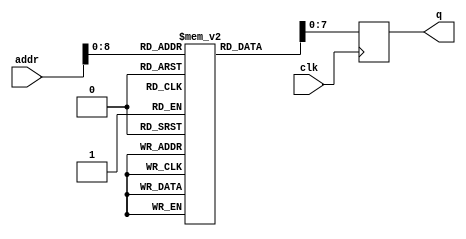
module Rom(
	input wire clk,
	input wire [9:0] addr,
	output reg[7:0] q
);

reg [8:0] rom [384:0];

initial begin 

rom [ 0  ]<=  8'd2;
 rom [ 1  ]<= 8'd4;
 rom [ 2  ]<= 8'd26;
 rom [ 3  ]<= 8'd29;
 rom [ 4  ]<= 8'd47;
 rom [ 5  ]<= 8'd50;
 rom [ 6  ]<= 8'd67;
 rom [ 7  ]<= 8'd81;
 rom [ 8  ]<= 8'd16;
 rom [ 9  ]<= 8'd28;
 rom [ 10  ]<= 8'd44;
 rom [ 11  ]<= 8'd58;
 rom [ 12  ]<= 8'd61;
 rom [ 13  ]<= 8'd66;
 rom [ 14  ]<= 8'd91;
 rom [ 15  ]<= 8'd94;
 rom [ 16  ]<= 8'd20;
 rom [ 17  ]<= 8'd40;
 rom [ 18  ]<= 8'd43;
 rom [ 19  ]<= 8'd49;
 rom [ 20  ]<= 8'd66;
 rom [ 21  ]<= 8'd74;
 rom [ 22  ]<= 8'd86;
 rom [ 23  ]<= 8'd91;
 rom [ 24  ]<= 8'd9;
 rom [ 25  ]<= 8'd32;
 rom [ 26  ]<= 8'd48;
 rom [ 27  ]<= 8'd52;
 rom [ 28  ]<= 8'd59;
 rom [ 29  ]<= 8'd68;
 rom [ 30  ]<= 8'd91;
 rom [ 31  ]<= 8'd92;
 rom [ 32  ]<= 8'd12;
 rom [ 33  ]<= 8'd14;
 rom [ 34  ]<= 8'd34;
 rom [ 35  ]<= 8'd48;
 rom [ 36  ]<= 8'd56;
 rom [ 37  ]<= 8'd58;
 rom [ 38  ]<= 8'd62;
 rom [ 39  ]<= 8'd72;
 rom [ 40  ]<= 8'd25;
 rom [ 41  ]<= 8'd30;
 rom [ 42  ]<= 8'd31;
 rom [ 43  ]<= 8'd50;
 rom [ 44  ]<= 8'd54;
 rom [ 45  ]<= 8'd61;
 rom [ 46  ]<= 8'd71;
 rom [ 47  ]<= 8'd95;
 rom [ 48  ]<= 8'd9;
 rom [ 49  ]<= 8'd16;
 rom [ 50  ]<= 8'd22;
 rom [ 51  ]<= 8'd43;
 rom [ 52  ]<= 8'd51;
 rom [ 53  ]<= 8'd52;
 rom [ 54  ]<= 8'd65;
 rom [ 55  ]<= 8'd95;
 rom [ 56  ]<= 8'd9;
 rom [ 57  ]<= 8'd26;
 rom [ 58  ]<= 8'd59;
 rom [ 59  ]<= 8'd60;
 rom [ 60  ]<= 8'd72;
 rom [ 61  ]<= 8'd74;
 rom [ 62  ]<= 8'd90;
 rom [ 63  ]<= 8'd93;
 rom [ 64  ]<= 8'd7;
 rom [ 65  ]<= 8'd16;
 rom [ 66  ]<= 8'd22;
 rom [ 67  ]<= 8'd32;
 rom [ 68  ]<= 8'd38;
 rom [ 69  ]<= 8'd48;
 rom [ 70  ]<= 8'd66;
 rom [ 71  ]<= 8'd74;
 rom [ 72  ]<= 8'd22;
 rom [ 73  ]<= 8'd25;
 rom [ 74  ]<= 8'd33;
 rom [ 75  ]<= 8'd37;
 rom [ 76  ]<= 8'd46;
 rom [ 77  ]<= 8'd52;
 rom [ 78  ]<= 8'd54;
 rom [ 79  ]<= 8'd87;
 rom [ 80  ]<= 8'd5;
 rom [ 81  ]<= 8'd6;
 rom [ 82  ]<= 8'd7;
 rom [ 83  ]<= 8'd10;
 rom [ 84  ]<= 8'd27;
 rom [ 85  ]<= 8'd31;
 rom [ 86  ]<= 8'd51;
 rom [ 87  ]<= 8'd66;
 rom [ 88  ]<= 8'd8;
 rom [ 89  ]<= 8'd13;
 rom [ 90  ]<= 8'd36;
 rom [ 91  ]<= 8'd39;
 rom [ 92  ]<= 8'd48;
 rom [ 93  ]<= 8'd55;
 rom [ 94  ]<= 8'd69;
 rom [ 95  ]<= 8'd87;
 rom [ 96  ]<= 8'd4;
 rom [ 97  ]<= 8'd6;
 rom [ 98  ]<= 8'd15;
 rom [ 99  ]<= 8'd18;
 rom [ 100  ]<= 8'd19;
 rom [ 101  ]<= 8'd29;
 rom [ 102  ]<= 8'd35;
 rom [ 103  ]<= 8'd62;
 rom [ 104  ]<= 8'd11;
 rom [ 105  ]<= 8'd19;
 rom [ 106  ]<= 8'd21;
 rom [ 107  ]<= 8'd26;
 rom [ 108  ]<= 8'd27;
 rom [ 109  ]<= 8'd30;
 rom [ 110  ]<= 8'd48;
 rom [ 111  ]<= 8'd59;
 rom [ 112  ]<= 8'd6;
 rom [ 113  ]<= 8'd11;
 rom [ 114  ]<= 8'd33;
 rom [ 115  ]<= 8'd35;
 rom [ 116  ]<= 8'd40;
 rom [ 117  ]<= 8'd73;
 rom [ 118  ]<= 8'd75;
 rom [ 119  ]<= 8'd95;
 rom [ 120  ]<= 8'd2;
 rom [ 121  ]<= 8'd7;
 rom [ 122  ]<= 8'd8;
 rom [ 123  ]<= 8'd21;
 rom [ 124  ]<= 8'd62;
 rom [ 125  ]<= 8'd75;
 rom [ 126  ]<= 8'd82;
 rom [ 127  ]<= 8'd95;
 rom [ 128  ]<= 8'd12;
 rom [ 129  ]<= 8'd13;
 rom [ 130  ]<= 8'd19;
 rom [ 131  ]<= 8'd36;
 rom [ 132  ]<= 8'd52;
 rom [ 133  ]<= 8'd68;
 rom [ 134  ]<= 8'd72;
 rom [ 135  ]<= 8'd88;
 rom [ 136  ]<= 8'd1;
 rom [ 137  ]<= 8'd20;
 rom [ 138  ]<= 8'd24;
 rom [ 139  ]<= 8'd45;
 rom [ 140  ]<= 8'd49;
 rom [ 141  ]<= 8'd58;
 rom [ 142  ]<= 8'd60;
 rom [ 143  ]<= 8'd69;
 rom [ 144  ]<= 8'd4;
 rom [ 145  ]<= 8'd18;
 rom [ 146  ]<= 8'd23;
 rom [ 147  ]<= 8'd41;
 rom [ 148  ]<= 8'd51;
 rom [ 149  ]<= 8'd58;
 rom [ 150  ]<= 8'd70;
 rom [ 151  ]<= 8'd93;
 rom [ 152  ]<= 8'd26;
 rom [ 153  ]<= 8'd34;
 rom [ 154  ]<= 8'd49;
 rom [ 155  ]<= 8'd66;
 rom [ 156  ]<= 8'd70;
 rom [ 157  ]<= 8'd76;
 rom [ 158  ]<= 8'd83;
 rom [ 159  ]<= 8'd92;
 rom [ 160  ]<= 8'd25;
 rom [ 161  ]<= 8'd27;
 rom [ 162  ]<= 8'd32;
 rom [ 163  ]<= 8'd39;
 rom [ 164  ]<= 8'd57;
 rom [ 165  ]<= 8'd63;
 rom [ 166  ]<= 8'd73;
 rom [ 167  ]<= 8'd76;
 rom [ 168  ]<= 8'd26;
 rom [ 169  ]<= 8'd31;
 rom [ 170  ]<= 8'd32;
 rom [ 171  ]<= 8'd41;
 rom [ 172  ]<= 8'd48;
 rom [ 173  ]<= 8'd68;
 rom [ 174  ]<= 8'd69;
 rom [ 175  ]<= 8'd71;
 rom [ 176  ]<= 8'd23;
 rom [ 177  ]<= 8'd42;
 rom [ 178  ]<= 8'd57;
 rom [ 179  ]<= 8'd71;
 rom [ 180  ]<= 8'd77;
 rom [ 181  ]<= 8'd82;
 rom [ 182  ]<= 8'd92;
 rom [ 183  ]<= 8'd93;
 rom [ 184  ]<= 8'd8;
 rom [ 185  ]<= 8'd18;
 rom [ 186  ]<= 8'd21;
 rom [ 187  ]<= 8'd26;
 rom [ 188  ]<= 8'd29;
 rom [ 189  ]<= 8'd42;
 rom [ 190  ]<= 8'd44;
 rom [ 191  ]<= 8'd55;
 rom [ 192  ]<= 8'd17;
 rom [ 193  ]<= 8'd21;
 rom [ 194  ]<= 8'd31;
 rom [ 195  ]<= 8'd36;
 rom [ 196  ]<= 8'd51;
 rom [ 197  ]<= 8'd54;
 rom [ 198  ]<= 8'd85;
 rom [ 199  ]<= 8'd89;
 rom [ 200  ]<= 8'd13;
 rom [ 201  ]<= 8'd43;
 rom [ 202  ]<= 8'd56;
 rom [ 203  ]<= 8'd65;
 rom [ 204  ]<= 8'd66;
 rom [ 205  ]<= 8'd75;
 rom [ 206  ]<= 8'd86;
 rom [ 207  ]<= 8'd94;
 rom [ 208  ]<= 8'd1;
 rom [ 209  ]<= 8'd28;
 rom [ 210  ]<= 8'd31;
 rom [ 211  ]<= 8'd44;
 rom [ 212  ]<= 8'd49;
 rom [ 213  ]<= 8'd58;
 rom [ 214  ]<= 8'd64;
 rom [ 215  ]<= 8'd88;
 rom [ 216  ]<= 8'd3;
 rom [ 217  ]<= 8'd13;
 rom [ 218  ]<= 8'd24;
 rom [ 219  ]<= 8'd33;
 rom [ 220  ]<= 8'd35;
 rom [ 221  ]<= 8'd38;
 rom [ 222  ]<= 8'd40;
 rom [ 223  ]<= 8'd45;
 rom [ 224  ]<= 8'd5;
 rom [ 225  ]<= 8'd7;
 rom [ 226  ]<= 8'd8;
 rom [ 227  ]<= 8'd23;
 rom [ 228  ]<= 8'd34;
 rom [ 229  ]<= 8'd41;
 rom [ 230  ]<= 8'd43;
 rom [ 231  ]<= 8'd93;
 rom [ 232  ]<= 8'd1;
 rom [ 233  ]<= 8'd7;
 rom [ 234  ]<= 8'd39;
 rom [ 235  ]<= 8'd42;
 rom [ 236  ]<= 8'd58;
 rom [ 237  ]<= 8'd71;
 rom [ 238  ]<= 8'd72;
 rom [ 239  ]<= 8'd92;
 rom [ 240  ]<= 8'd13;
 rom [ 241  ]<= 8'd23;
 rom [ 242  ]<= 8'd29;
 rom [ 243  ]<= 8'd42;
 rom [ 244  ]<= 8'd47;
 rom [ 245  ]<= 8'd51;
 rom [ 246  ]<= 8'd63;
 rom [ 247  ]<= 8'd73;
 rom [ 248  ]<= 8'd1;
 rom [ 249  ]<= 8'd2;
 rom [ 250  ]<= 8'd22;
 rom [ 251  ]<= 8'd80;
 rom [ 252  ]<= 8'd81;
 rom [ 253  ]<= 8'd82;
 rom [ 254  ]<= 8'd86;
 rom [ 255  ]<= 8'd90;
 rom [ 256  ]<= 8'd2;
 rom [ 257  ]<= 8'd14;
 rom [ 258  ]<= 8'd16;
 rom [ 259  ]<= 8'd28;
 rom [ 260  ]<= 8'd34;
 rom [ 261  ]<= 8'd40;
 rom [ 262  ]<= 8'd46;
 rom [ 263  ]<= 8'd78;
 rom [ 264  ]<= 8'd9;
 rom [ 265  ]<= 8'd12;
 rom [ 266  ]<= 8'd32;
 rom [ 267  ]<= 8'd33;
 rom [ 268  ]<= 8'd43;
 rom [ 269  ]<= 8'd49;
 rom [ 270  ]<= 8'd60;
 rom [ 271  ]<= 8'd92;
 rom [ 272  ]<= 8'd0;
 rom [ 273  ]<= 8'd9;
 rom [ 274  ]<= 8'd10;
 rom [ 275  ]<= 8'd12;
 rom [ 276  ]<= 8'd31;
 rom [ 277  ]<= 8'd47;
 rom [ 278  ]<= 8'd63;
 rom [ 279  ]<= 8'd86;
 rom [ 280  ]<= 8'd12;
 rom [ 281  ]<= 8'd22;
 rom [ 282  ]<= 8'd31;
 rom [ 283  ]<= 8'd43;
 rom [ 284  ]<= 8'd50;
 rom [ 285  ]<= 8'd70;
 rom [ 286  ]<= 8'd77;
 rom [ 287  ]<= 8'd91;
 rom [ 288  ]<= 8'd8;
 rom [ 289  ]<= 8'd42;
 rom [ 290  ]<= 8'd45;
 rom [ 291  ]<= 8'd48;
 rom [ 292  ]<= 8'd76;
 rom [ 293  ]<= 8'd82;
 rom [ 294  ]<= 8'd85;
 rom [ 295  ]<= 8'd92;
 rom [ 296  ]<= 8'd2;
 rom [ 297  ]<= 8'd12;
 rom [ 298  ]<= 8'd17;
 rom [ 299  ]<= 8'd38;
 rom [ 300  ]<= 8'd48;
 rom [ 301  ]<= 8'd53;
 rom [ 302  ]<= 8'd62;
 rom [ 303  ]<= 8'd73;
 rom [ 304  ]<= 8'd11;
 rom [ 305  ]<= 8'd32;
 rom [ 306  ]<= 8'd34;
 rom [ 307  ]<= 8'd36;
 rom [ 308  ]<= 8'd55;
 rom [ 309  ]<= 8'd60;
 rom [ 310  ]<= 8'd88;
 rom [ 311  ]<= 8'd91;
 rom [ 312  ]<= 8'd14;
 rom [ 313  ]<= 8'd15;
 rom [ 314  ]<= 8'd30;
 rom [ 315  ]<= 8'd40;
 rom [ 316  ]<= 8'd42;
 rom [ 317  ]<= 8'd44;
 rom [ 318  ]<= 8'd70;
 rom [ 319  ]<= 8'd75;
 rom [ 320  ]<= 8'd1;
 rom [ 321  ]<= 8'd4;
 rom [ 322  ]<= 8'd6;
 rom [ 323  ]<= 8'd18;
 rom [ 324  ]<= 8'd32;
 rom [ 325  ]<= 8'd74;
 rom [ 326  ]<= 8'd78;
 rom [ 327  ]<= 8'd84;
 rom [ 328  ]<= 8'd18;
 rom [ 329  ]<= 8'd20;
 rom [ 330  ]<= 8'd37;
 rom [ 331  ]<= 8'd42;
 rom [ 332  ]<= 8'd45;
 rom [ 333  ]<= 8'd69;
 rom [ 334  ]<= 8'd86;
 rom [ 335  ]<= 8'd95;
 rom [ 336  ]<= 8'd2;
 rom [ 337  ]<= 8'd6;
 rom [ 338  ]<= 8'd8;
 rom [ 339  ]<= 8'd15;
 rom [ 340  ]<= 8'd36;
 rom [ 341  ]<= 8'd52;
 rom [ 342  ]<= 8'd74;
 rom [ 343  ]<= 8'd80;
 rom [ 344  ]<= 8'd15;
 rom [ 345  ]<= 8'd17;
 rom [ 346  ]<= 8'd32;
 rom [ 347  ]<= 8'd33;
 rom [ 348  ]<= 8'd37;
 rom [ 349  ]<= 8'd54;
 rom [ 350  ]<= 8'd84;
 rom [ 351  ]<= 8'd86;
 rom [ 352  ]<= 8'd12;
 rom [ 353  ]<= 8'd25;
 rom [ 354  ]<= 8'd37;
 rom [ 355  ]<= 8'd42;
 rom [ 356  ]<= 8'd79;
 rom [ 357  ]<= 8'd81;
 rom [ 358  ]<= 8'd83;
 rom [ 359  ]<= 8'd90;
 rom [ 360  ]<= 8'd16;
 rom [ 361  ]<= 8'd23;
 rom [ 362  ]<= 8'd27;
 rom [ 363  ]<= 8'd35;
 rom [ 364  ]<= 8'd55;
 rom [ 365  ]<= 8'd82;
 rom [ 366  ]<= 8'd94;
 rom [ 367  ]<= 8'd95;
 rom [ 368  ]<= 8'd2;
 rom [ 369  ]<= 8'd3;
 rom [ 370  ]<= 8'd8;
 rom [ 371  ]<= 8'd16;
 rom [ 372  ]<= 8'd20;
 rom [ 373  ]<= 8'd39;
 rom [ 374  ]<= 8'd51;
 rom [ 375  ]<= 8'd86;
 rom [ 376  ]<= 8'd5;
 rom [ 377  ]<= 8'd14;
 rom [ 378  ]<= 8'd37;
 rom [ 379  ]<= 8'd39;
 rom [ 380  ]<= 8'd50;
 rom [ 381  ]<= 8'd54;
 rom [ 382  ]<= 8'd70;
 rom [ 383  ]<= 8'd77;
 
 
 
 rom [ 384  ]<= 8'd96;
 
 
end


always@(posedge clk)
begin 
	q<=rom[addr];
	end 
endmodule